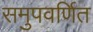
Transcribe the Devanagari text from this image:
समुपवर्णित